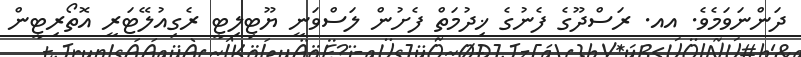
ދަންނަވަމެވެ. އއ. ރަސްދޫގެ ފެނުގެ ޚިދުމަތް ފެށުން ލަސްވަނީ ޔޫޓިލިޓީ ރެގިއުލޭޓަރީ އޮތޯރިޓީން